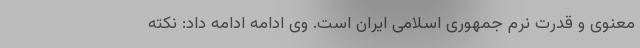
معنوی و قدرت نرم جمهوری اسلامی ایران است. وی ادامه ادامه داد: نکته